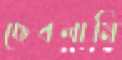
ছেবলামি